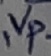
Text: vp